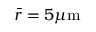
\bar { r } = 5 \mu \mathrm { m }